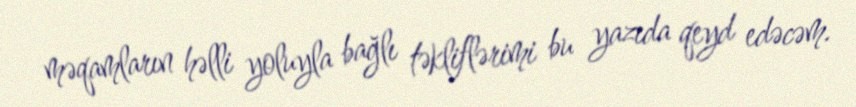
məqamların həlli yoluyla bağlı təkliflərimi bu yazıda qeyd edəcəm.